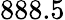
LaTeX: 888.5